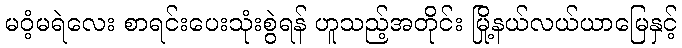
မဝံ့မရဲလေး စာရင်းပေးသုံးစွဲရန် ဟူသည့်အတိုင်း မြို့နယ်လယ်ယာမြေနှင့်